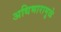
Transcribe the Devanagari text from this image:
अधिभारामुळे